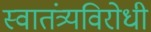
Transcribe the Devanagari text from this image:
स्वातंत्र्यविरोधी